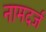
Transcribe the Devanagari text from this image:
नामदर्ज